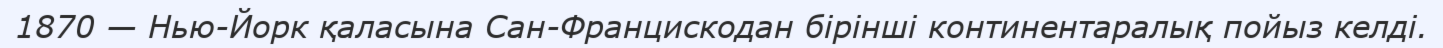
1870 — Нью-Йорк қаласына Сан-Францискодан бiрiншi континентаралық пойыз келді.